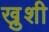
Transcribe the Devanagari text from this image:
खु़शी